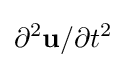
\partial ^{2}\mathbf {u} /\partial t^{2}